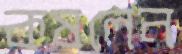
কষলেন